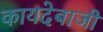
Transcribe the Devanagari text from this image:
कायदेबाजी